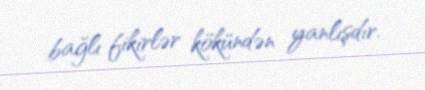
bağlı fikirlər kökündən yanlışdır.